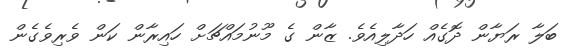
ބަލާ ރަޔާން ދޮގެއް ހަދާލިއެވެ. ޒާން ގެ މޫނުމައްޗަށް ހައިރާން ކަން ވެރިވެގެން